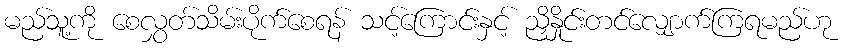
မည်သူ့ကို စေလွှတ်သိမ်းပိုက်စေရန် သင့်ကြောင်းနှင့် ညှိနှိုင်းတင်လျှောက်ကြရမည်ဟု